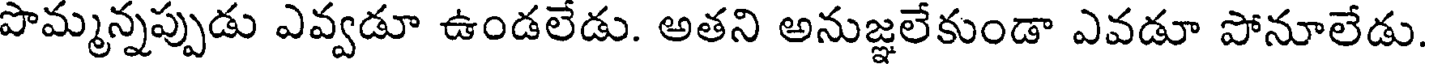
పొమ్మన్నప్పుడు ఎవ్వడూ ఉండలేడు. అతని అనుజ్ఞలేకుండా ఎవడూ పోనూలేడు